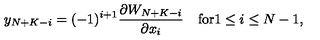
y _ { N + K - i } = ( - 1 ) ^ { i + 1 } \frac { \partial W _ { N + K - i } } { \partial x _ { i } } \quad \mathrm { f o r } 1 \leq i \leq N - 1 ,